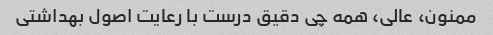
ممنون، عالی، همه چی دقیق درست با رعایت اصول بهداشتی